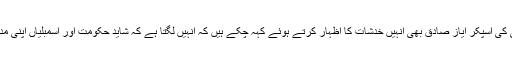
پاکستان کی قومی اسمبلی کی اسپکر ایاز صادق بھی انہیں خدشات کا اظہار کرتے ہوئے کہہ چکے ہیں کہ انہیں لگتا ہے کہ شاید حکومت اور اسمبلیاں اپنی مدت پوری نہیں کریں گی۔